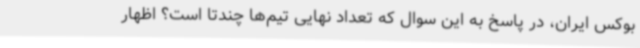
بوکس ایران، در پاسخ به این سوال که تعداد نهایی تیم‌ها چندتا است؟ اظهار